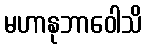
မဟာနုဘာဝေါသိ